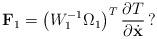
LaTeX: \begin{align*}\textbf{F}_1=\left(W^{-1}_1\Omega_1\right)^T\dfrac{\partial{T}}{\partial{\dot{\textbf{x}}}}\,?\end{align*}